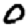
Digit: 0